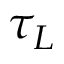
\tau _ { L }